Civil Veterinary Dept. Bombay admin report 1893-99 - 1893-1899
Year: 1893
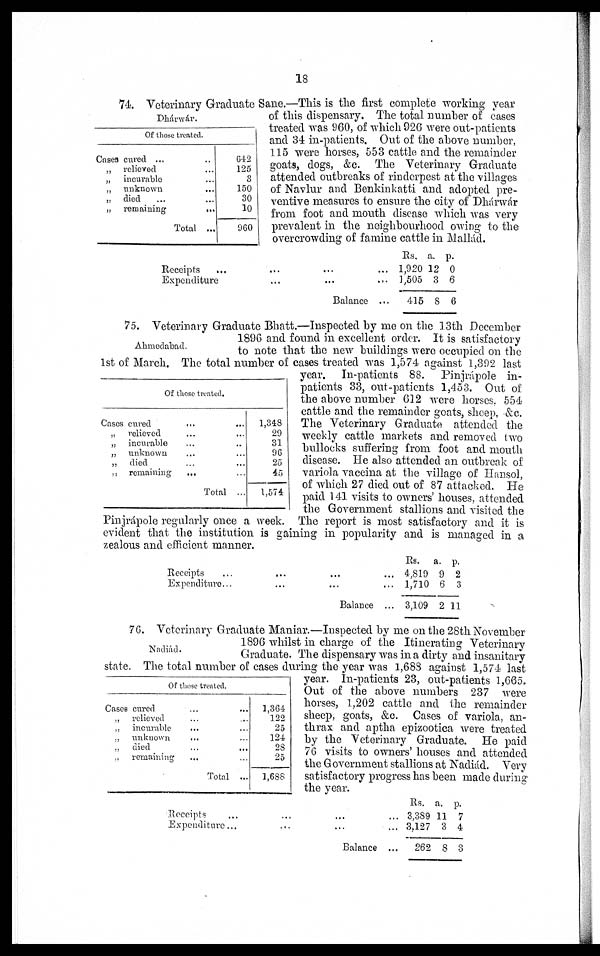
18
Dhárwár.
Of those treated.
Cases cured ... ..
„ relieved ...
„ incurable ...
„ unknown ...
„ died ... ...
„
remaining
...
Total ...
642
125
3
150
30
10
960
74. Veterinary Graduate Sane.—This is the first complete working year
of this dispensary. The total number of cases
treated was 960, of which 926 were out-patients
and 34 in-patients. Out of the above number,
115 were horses, 553 cattle and the remainder
goats, dogs, &c. The Veterinary Graduate
attended outbreaks of rinderpest at the villages
of Navlur and Benkinkatti and adopted pre-
ventive measures to ensure the city of Dhárwár
from foot and mouth disease which was very
prevalent in the neighbourhood owing to the
overcrowding of famine cattle in Mallád.
Receipts
...
...
...
...
Expenditure... ... ...
Balance ...
Rs.
1,920
1,505
415
a.
12
3
8
p.
0
6
6
Ahmedabad.
Of those treated.
Cases cured
...
...
„ relieved ... ...
„ incurable ... ...
„ unknown ... ...
„ died ... ...
„ remaining
... ...
Total ...
1,348
29
31
96
25
45
1,574
75. Veterinary Graduate Bhatt.—Inspected by me on the 13th December
1896 and found in excellent order. It is satisfactory
to note that the new buildings were occupied on the
1st of March. The total number of cases treated was 1,574 against 1,392 last
year. In-patients 88. Pinjrápole in-
patients 33, out-patients 1,453. Out of
the above number 612 were horses. 554
cattle and the remainder goats, sheep, &c.
The Veterinary Graduate attended the
weekly cattle markets and removed two
bullocks suffering from foot and mouth
disease. He also attended an outbreak of
variola vaccina at the village of Hansol,
of which 27 died out of 87 attacked. He
paid 141 visits to owners' houses, attended
the Government stallions and visited the
Pinjrápole regularly once a week. The report is most satisfactory and it is
evident that the institution is gaining in popularity and is managed in a
zealous and efficient manner.
Receipts...
...
...
Expenditure...
...
... ...
Balance ...
Rs.
4,819
1,710
3,109
a.
9
6
2
p.
2
3
11
Nndiád.
Of those treated.
Cases cured ... ...
„ relieved ... ...
„ incurable ... ...
„ unknown
... ...
„ died
...
...
„ remaining ... ...
Total ...
1,364
122
25
124
28
25
1,688
76. Veterinary Graduate Maniar.—Inspected by me on the 28th November
1896 whilst in charge of the Itinerating Veterinary
Graduate. The dispensary was in a dirty and insanitary
state. The total number of cases during the year was 1,688 against 1,574 last
year. In-patients 23, out-patients 1,665.
Out of the above numbers 237 were
horses, 1,202 cattle and the remainder
sheep, goats, &c. Cases of variola, an-
thrax and aptha epizootica were treated
by the Veterinary Graduate. He paid
76 visits to owners' houses and attended
the Government stallions at Nadiád. Very
satisfactory progress has been made during
the year.
Receipts
...
...
Expenditure...
...
Balance ...
Rs.
3,389
3,127
262
a.
11
3
8
p.
7
4
3